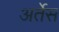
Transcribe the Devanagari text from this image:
अर्तेस